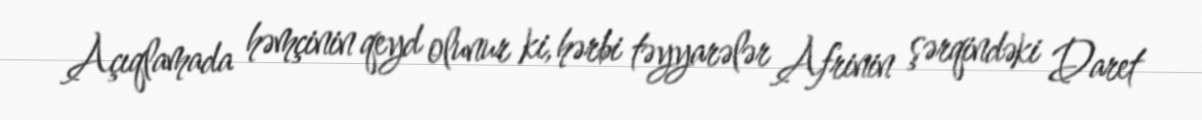
Açıqlamada həmçinin qeyd olunur ki, hərbi təyyarələr Afrinin şərqindəki Daret